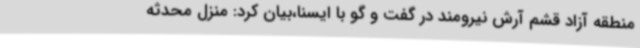
منطقه آزاد قشم آرش نیرومند در گفت و گو با ایسنا،بیان کرد: منزل محدثه